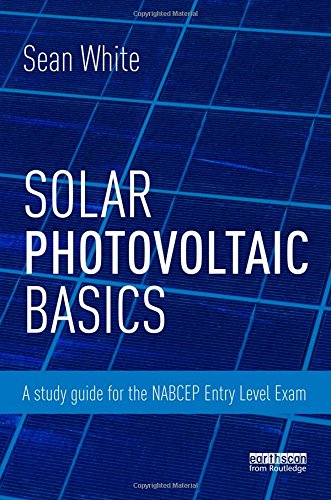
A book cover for Solar Photovoltaic Basics: A Study Guide for the NABCEP Entry Level Exam; Sean White; Engineering & Transportation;